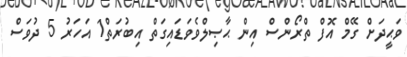
ވަޙީދަށް ގޭމް އޮފް ތްރޯންސް އިން ޙާޞިލްވެވަޑައިގަތް އިބުރަތް1 އަހަރު 5 ދުވަސް